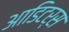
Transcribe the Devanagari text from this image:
आडिटर्स